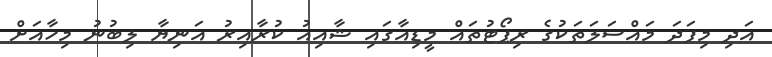
އަދި މިފަދަ މައްސަލަތަކުގެ ރިޕޯޓުތައް މީޑިއާގައި ޝާއިއު ކުރާއިރު އަނިޔާ ލިބުނު މިހާއަށް